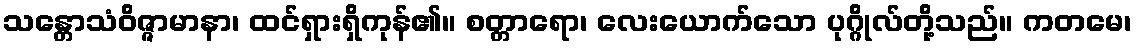
သန္တောသံဝိဇ္ဇာမာနာ၊ ထင်ရှားရှိကုန်၏။ စတ္တာရော၊ လေးယောက်သော ပုဂ္ဂိုလ်တို့သည်။ ကတမေ၊